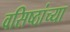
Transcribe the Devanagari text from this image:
वसिष्ठांच्या